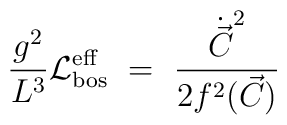
\frac {g^2}{L^3} {\cal L}^{\rm eff}_{\rm bos}\ = \  \frac{ \dot{\vec{C}}^2}{2 f^2(\vec{C})} \,